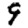
Digit: 9